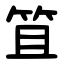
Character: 笡